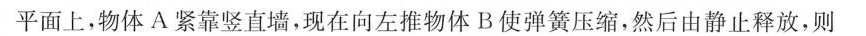
平面上，物体A紧靠竖直墙，现在向左推物体B使弹簧压缩，然后由静止释放，则